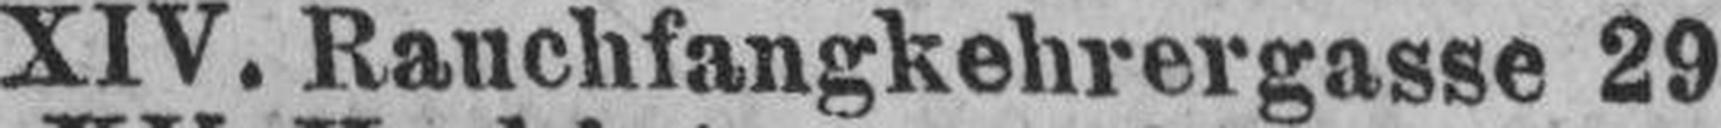
XIV. Rauchfangkehrergasse 29